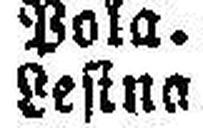
Lestna